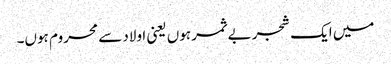
میں ایک شجر بے ثمر ہوں یعنی اولاد سے محروم ہوں۔